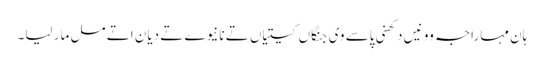
ہان مہاراجہ وو نیں دکھنی پاسے وی جنگاں کیتیاں تے نانیوے تے دیان اتے مل مار لیا۔